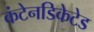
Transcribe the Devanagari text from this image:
कंटेनडिकेटेड